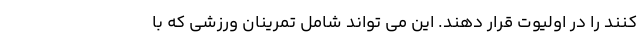
کنند را در اولیوت قرار دهند. این می تواند شامل تمرینان ورزشی که با